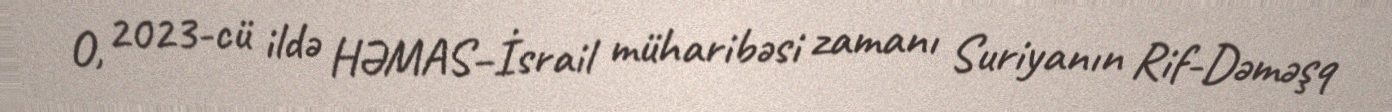
O, 2023-cü ildə HƏMAS–İsrail müharibəsi zamanı Suriyanın Rif-Dəməşq